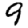
Digit: 9